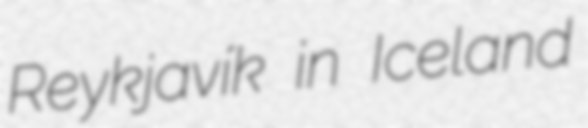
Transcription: Reykjavík in Iceland